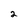
Character: 2